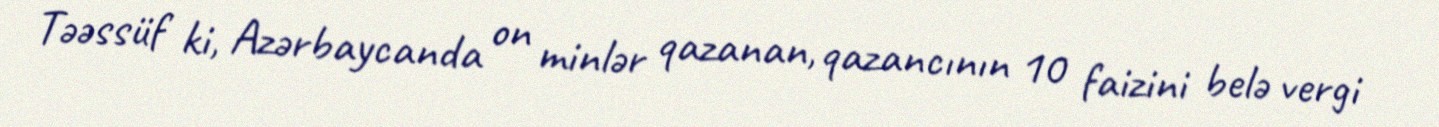
Təəssüf ki, Azərbaycanda on minlər qazanan, qazancının 10 faizini belə vergi